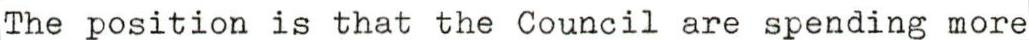
The position is that the Council are spending more